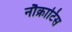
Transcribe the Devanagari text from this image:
नौक्राटिस